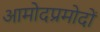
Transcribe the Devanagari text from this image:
आमोदप्रमोदों